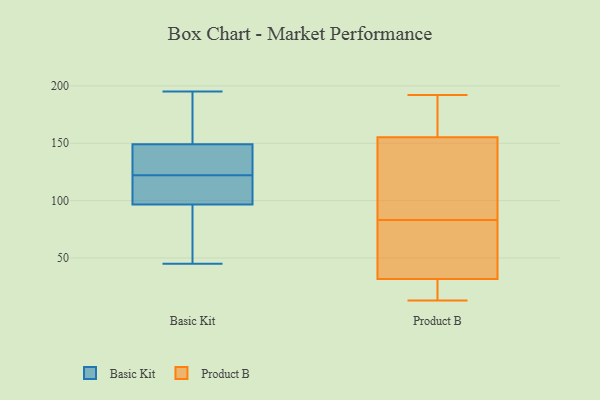
{"axis": {"x": "Backlog", "y": "Value"}, "legend": ["Basic Kit", "Product B"], "data": [{"x": "", "y": 135, "type": "Basic Kit"}, {"x": "", "y": 195, "type": "Basic Kit"}, {"x": "", "y": 45, "type": "Basic Kit"}, {"x": "", "y": 110, "type": "Basic Kit"}, {"x": "", "y": 89, "type": "Basic Kit"}, {"x": "", "y": 173, "type": "Basic Kit"}, {"x": "", "y": 99, "type": "Basic Kit"}, {"x": "", "y": 133, "type": "Basic Kit"}, {"x": "", "y": 141, "type": "Basic Kit"}, {"x": "", "y": 185, "type": "Basic Kit"}, {"x": "", "y": 115, "type": "Basic Kit"}, {"x": "", "y": 122, "type": "Basic Kit"}, {"x": "", "y": 49, "type": "Basic Kit"}, {"x": "", "y": 190, "type": "Product B"}, {"x": "", "y": 112, "type": "Product B"}, {"x": "", "y": 13, "type": "Product B"}, {"x": "", "y": 124, "type": "Product B"}, {"x": "", "y": 174, "type": "Product B"}, {"x": "", "y": 33, "type": "Product B"}, {"x": "", "y": 192, "type": "Product B"}, {"x": "", "y": 28, "type": "Product B"}, {"x": "", "y": 53, "type": "Product B"}, {"x": "", "y": 83, "type": "Product B"}, {"x": "", "y": 15, "type": "Product B"}, {"x": "", "y": 149, "type": "Product B"}, {"x": "", "y": 72, "type": "Product B"}]}